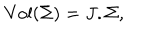
LaTeX: \mathrm { V o l } ( \Sigma ) = J . \Sigma ,